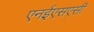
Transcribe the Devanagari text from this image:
एनईएसएसी